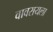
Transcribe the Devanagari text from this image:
वावरायला